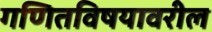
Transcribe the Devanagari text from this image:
गणितविषयावरील